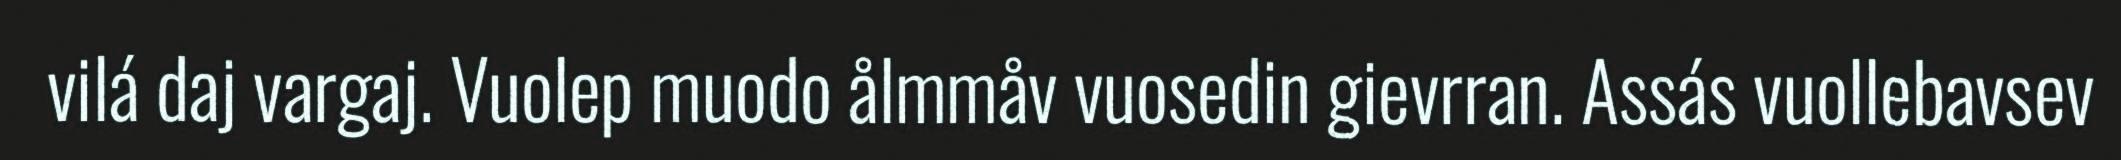
vilá daj vargaj. Vuolep muodo ålmmåv vuosedin gievrran. Assás vuollebavsev